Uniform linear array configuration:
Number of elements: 32
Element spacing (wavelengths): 0.5
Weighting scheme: uniform
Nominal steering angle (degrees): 30
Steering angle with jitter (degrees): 29.936
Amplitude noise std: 0.05
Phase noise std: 0.05

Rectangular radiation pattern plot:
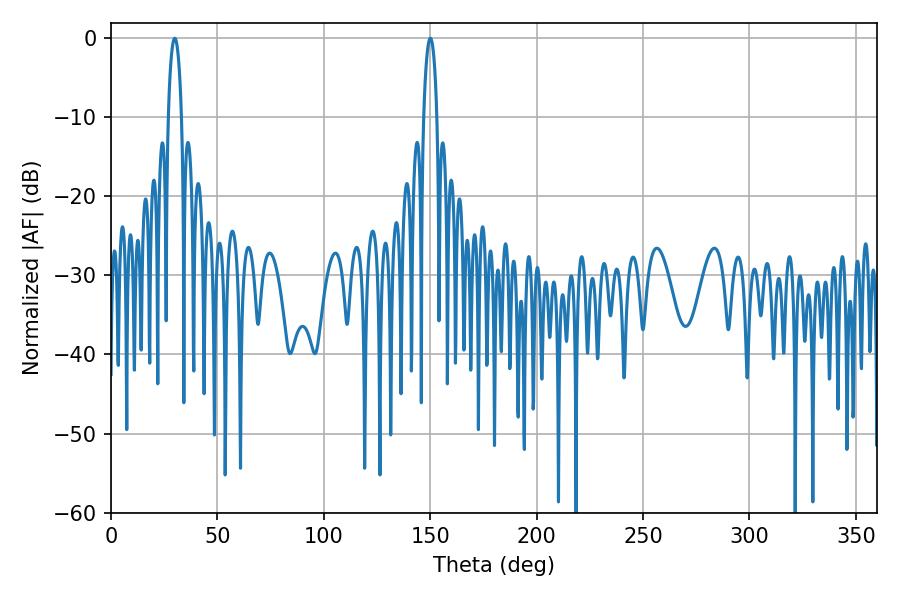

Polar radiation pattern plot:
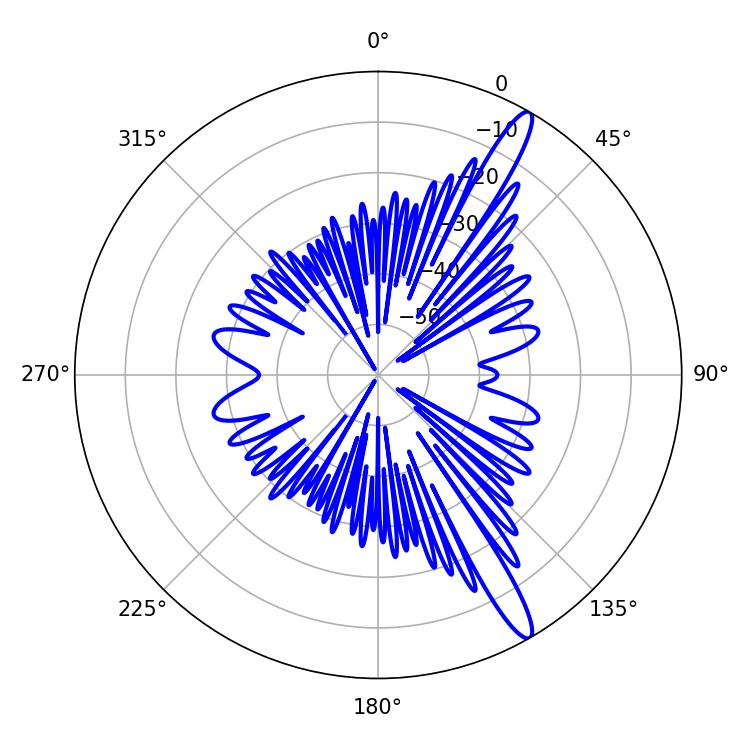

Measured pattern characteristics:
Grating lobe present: FALSE
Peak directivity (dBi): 14.51
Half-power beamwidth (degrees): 3.42
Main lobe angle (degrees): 29.88